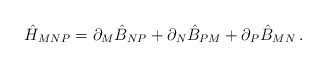
\begin{align*}\hat{H}_{MNP}=\partial _{M}\hat{B}_{NP}+\partial _{N}\hat{B}_{PM}+\partial_{P}\hat{B}_{MN}\,. \end{align*}